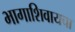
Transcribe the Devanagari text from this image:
भागाशिवायचा